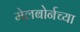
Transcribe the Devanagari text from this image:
मेलबोर्नच्या